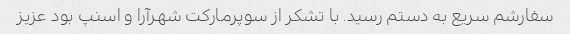
سفارشم سریع به دستم رسید. با تشکر از سوپرمارکت شهرآرا و اسنپ بود عزیز